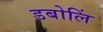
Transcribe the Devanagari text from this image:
डबोलिं